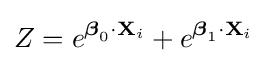
Z=e^{{\boldsymbol {\beta }}_{0}\cdot \mathbf {X} _{i}}+e^{{\boldsymbol {\beta }}_{1}\cdot \mathbf {X} _{i}}